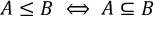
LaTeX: A \leq B \iff A \subseteq B